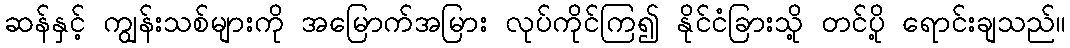
ဆန်နှင့် ကျွန်းသစ်များကို အမြောက်အမြား လုပ်ကိုင်ကြ၍ နိုင်ငံခြားသို့ တင်ပို့ ရောင်းချသည်။